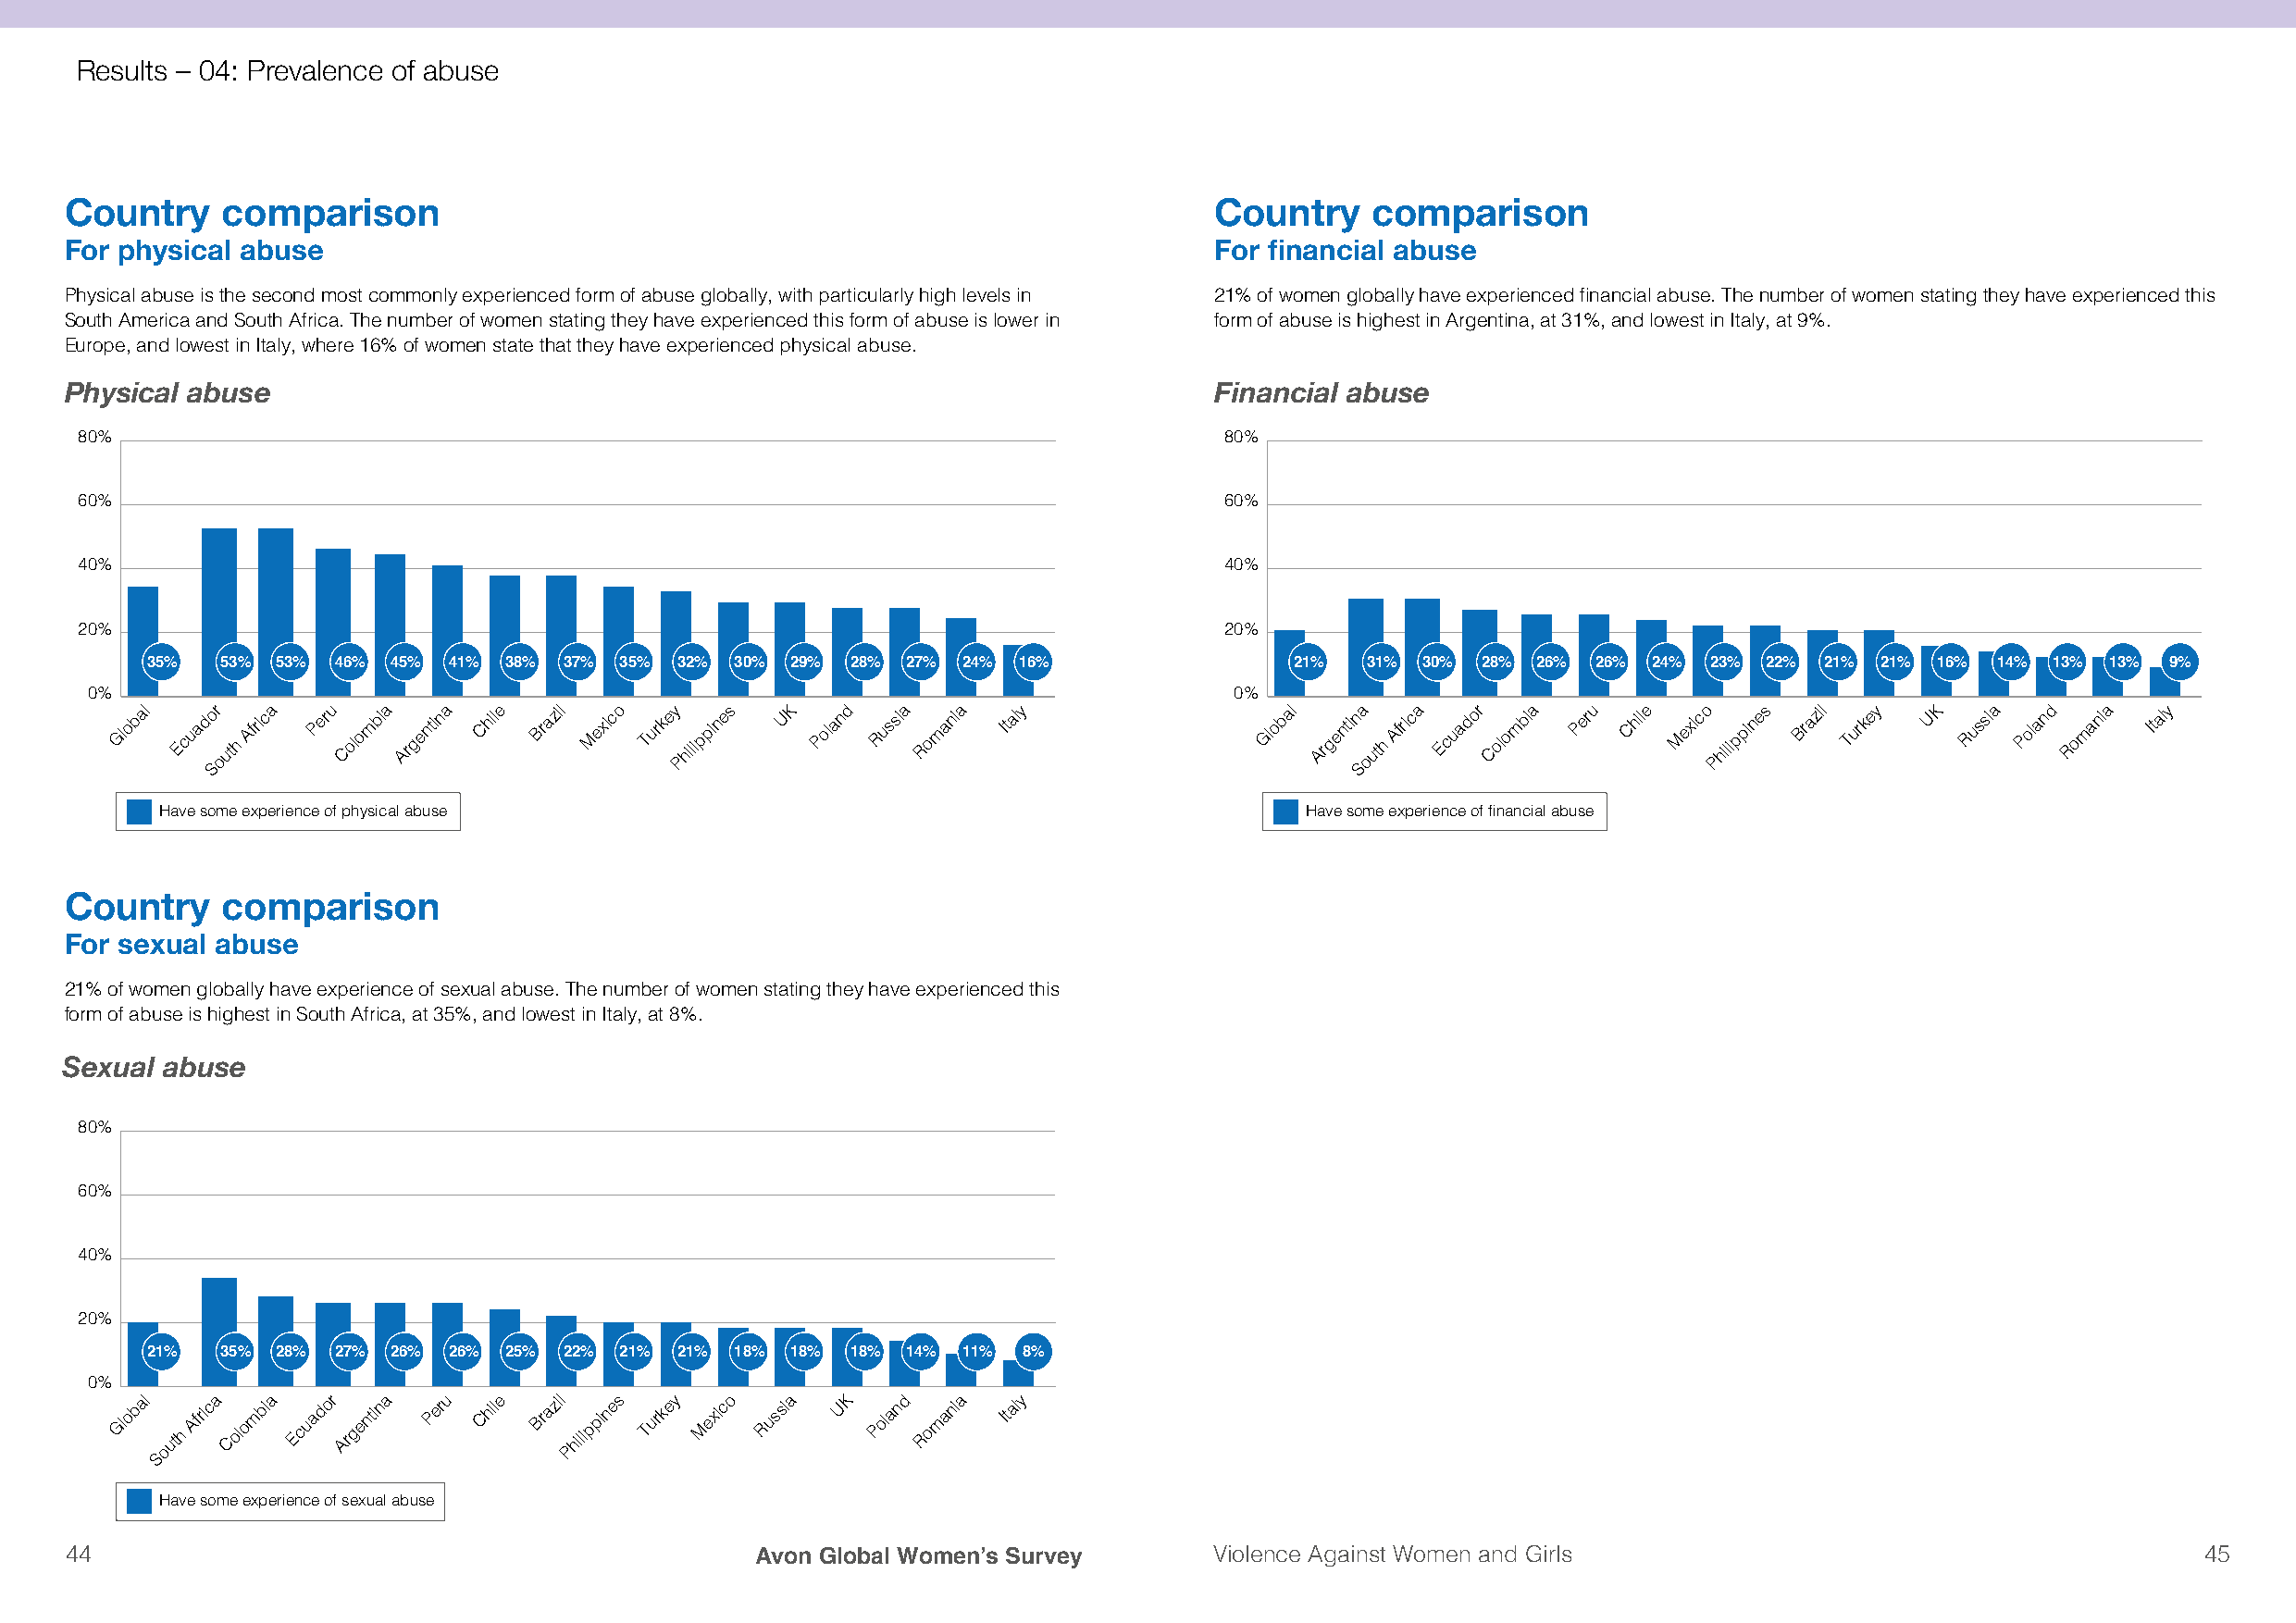
Results – 04: Prevalence of abuse
 Country    comparison                                                             Country    comparison
 For physical abuse                                                                For financial abuse
 Physical abuse is the second most commonly experienced form of abuse globally, with particularly high levels in 21% of women globally have experienced financial abuse. The number of women stating they have experienced this
 South America and South Africa. The number of women stating they have experienced this form of abuse is lower in form of abuse is highest in Argentina, at 31%, and lowest in Italy, at 9%.
 Europe, and lowest in Italy, where 16% of women state that they have experienced physical abuse.
 Physical abuse                                                                    Financial abuse
 80%                                                                               80%
 60%                                                                               60%
 40%                                                                               40%
 20%                                                                               20%
 35%  53% 53% 46% 45% 41% 38% 37% 35% 32%  30% 29% 28% 27% 24% 16%                 21%  31% 30% 28% 26% 26% 24% 23% 22% 21%  21% 16% 14% 13% 13% 9%
 0%                                                                                0%
 Global Ecuador
 uth
 Africa Peru Colombia Argentina Chile Brazil Mexico Turkey hilippines UK Poland Russia Romania Italy Global Argentina
 uth
 Africa Ecuador Colombia Peru Chile Mexico hilippines Brazil Turkey UK Russia Poland Romania Italy
 o                               P                                                 o                       P
 S                                                                                 S
 Have some experience of physical abuse                                            Have some experience of financial abuse
 Country    comparison
 For sexual abuse
 21% of women globally have experience of sexual abuse. The number of women stating they have experienced this
 form of abuse is highest in South Africa, at 35%, and lowest in Italy, at 8%.
 Sexual  abuse
 80%
 60%
 40%
 20%
 21%  35% 28% 27% 26% 26% 25% 22% 21% 21%  18% 18% 18% 14% 11% 8%
 0%
 Global
 uth
 Africa Colombia Ecuador Argentina Peru Chile Brazil hilippines Turkey Mexico Russia UK Poland Romania Italy
 o                           P
 S
 Have some experience of sexual abuse
 44                                               Avon Global Women’s Survey       Violence Against Women and Girls                                       45